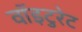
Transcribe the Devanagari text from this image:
वॉइटुरेट